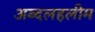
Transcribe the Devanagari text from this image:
अब्दलहलीम